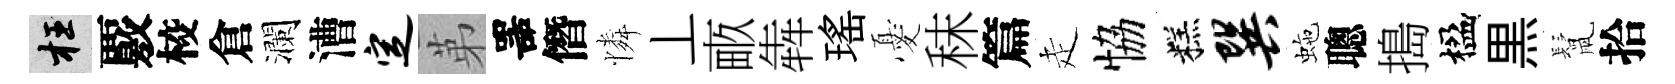
枉覈校倉瀾漕定苐噐僭憐丄畞犇瑤憂秣篇走恊糕巽虵聰搗楹黒鬛拾